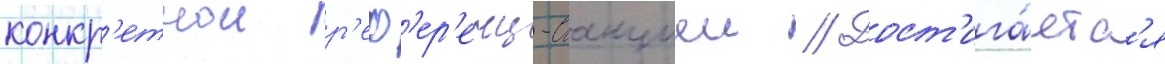
конкр'етнои р'еф'ер'енц-станциеи // Дост'ига́етс'я